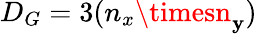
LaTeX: D_{G}=3(n_{x}\timesn_{\mathbf{y}})